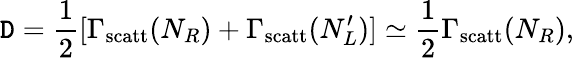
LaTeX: \mathtt{D}=\frac{{1}}{{2}}[\Gamma_{\mathrm{{scatt}}}(N_{R})+\Gamma_{\mathrm{{scatt}}}(N_{L}^{\prime})]\simeq\frac{{1}}{{2}}\Gamma_{\mathrm{{scatt}}}(N_{R}),